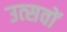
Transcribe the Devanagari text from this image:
उत्‍सवों